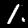
Digit: 1